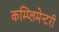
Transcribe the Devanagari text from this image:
कम्प्लिमेन्टरी